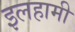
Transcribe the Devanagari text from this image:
इलहामी